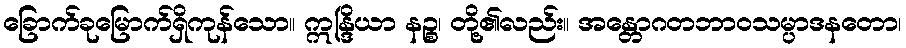
ခြောက်ခုမြောက်ရှိကုန်သော။ ဣန္ဒြိယာ နဉ္စ၊ တို့၏လည်း။ အန္တောဂတဘာဝသမ္ပာဒနတော၊